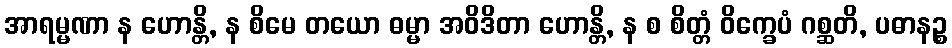
အာရမ္မဏာ န ဟောန္တိ, န စိမေ တယော ဓမ္မာ အဝိဒိတာ ဟောန္တိ, န စ စိတ္တံ ဝိက္ခေပံ ဂစ္ဆတိ, ပဓာနဉ္စ